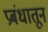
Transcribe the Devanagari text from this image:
प्रबंधातून